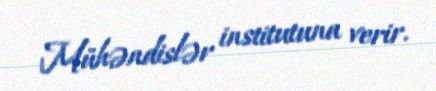
Mühəndislər institutuna verir.